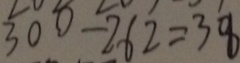
3 0 0 - 2 6 2 = 3 8